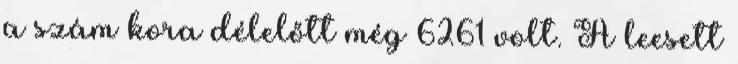
a szám kora délelőtt még 6261 volt. A leesett